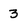
Character: 3